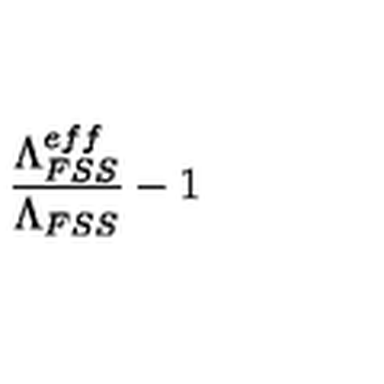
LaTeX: \frac { \Lambda _ { F S S } ^ { e f f } } { \Lambda _ { F S S } } - 1